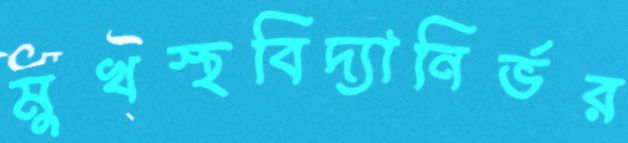
মুখস্থবিদ্যানির্ভর